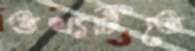
তথ্যটিতে